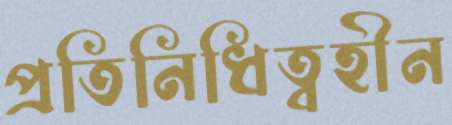
প্রতিনিধিত্বহীন